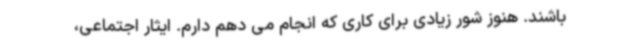
باشند. هنوز شور زیادی برای کاری که انجام می دهم دارم. ایثار اجتماعی،